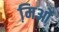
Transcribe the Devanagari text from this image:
मि़ओं